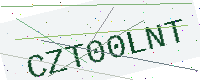
Text: CZT00LNT